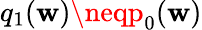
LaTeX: q_{1}(\mathbf{w})\neqp_{0}(\mathbf{w})